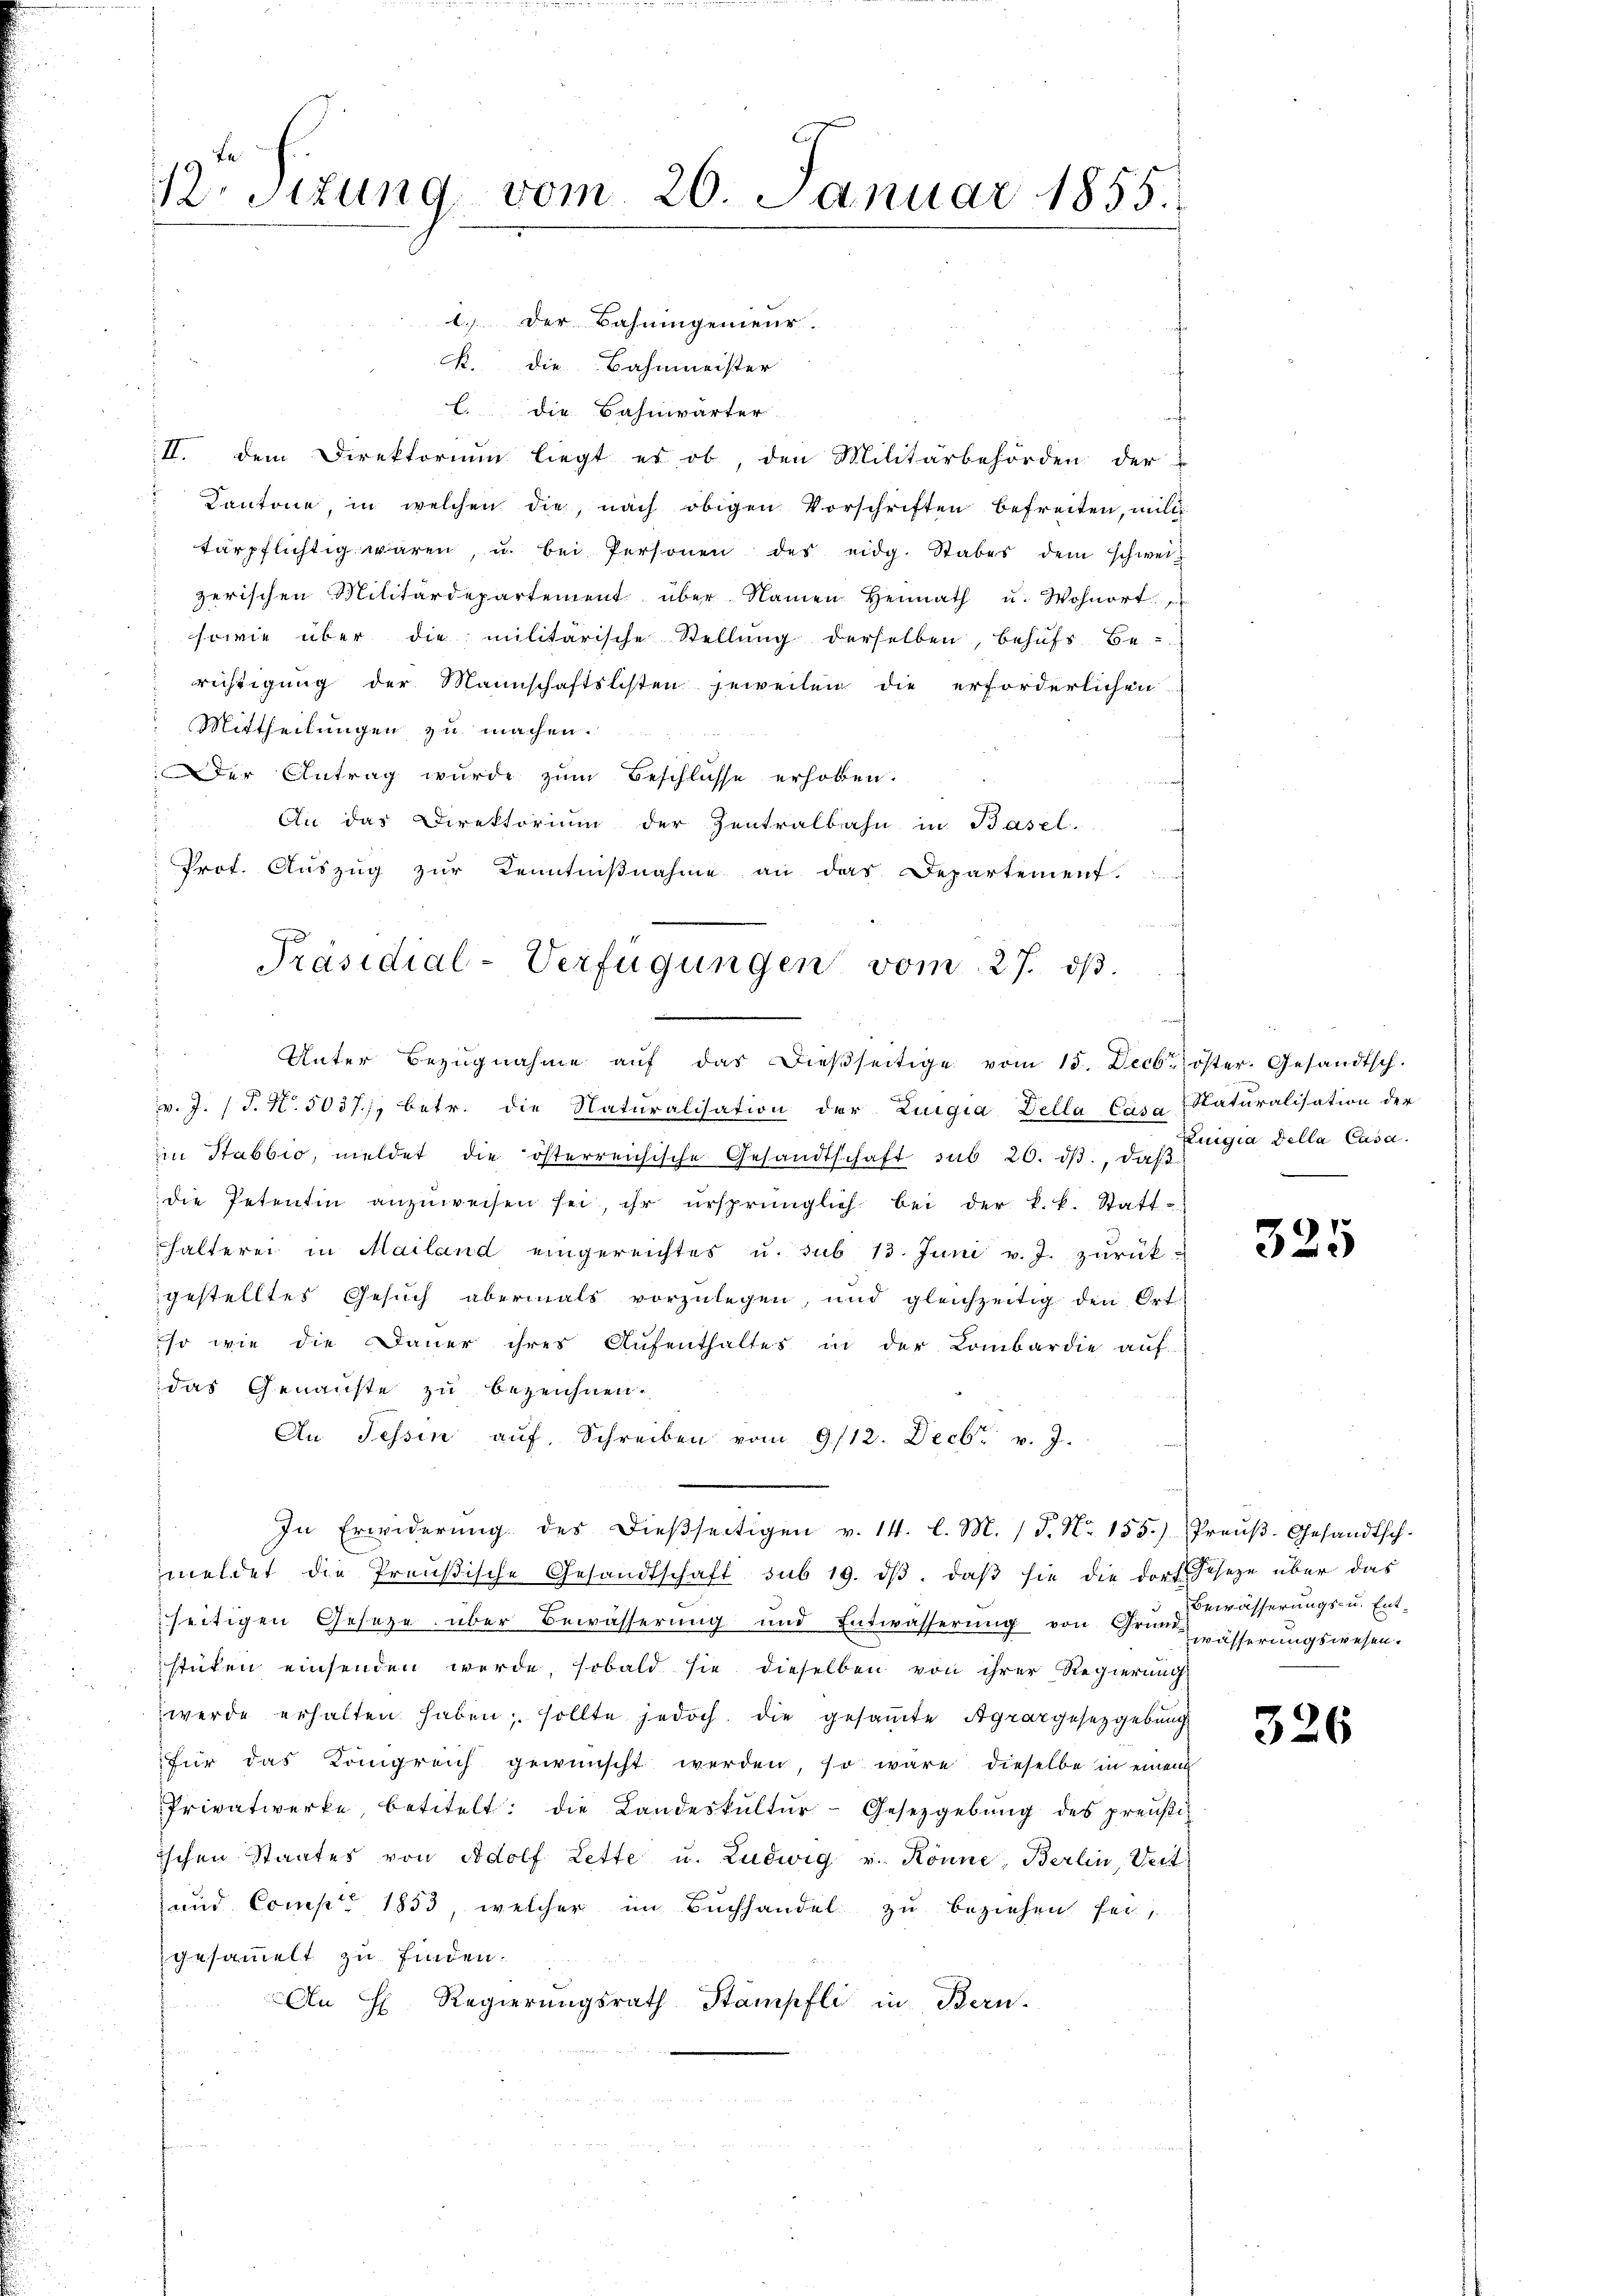
B.Sttung vom 20. Januar 1855.

1. Der Bahningenieur.
K. Die Bahnmeister
l. die Bahnwärter
II. dem Direktorium liegt es ob, den Militärbehörden der
Kantone, in welchen die, nach obigen Vorschriften befreiten, milch
tärpflichtig wären, u. bei Personen des eidg. Stabes dem schweiz
zerischen Militärdepartement über Namen Heimath u. Wohnort
sowie über die militärische Stellŭng derselben, behŭfs Be-
richtigung der Mannschaftslisten jeweilen die erforderlichen
Mittheilungen zu machen.
Der Antrag wurde zum Beschlüsse erhoben.
An das Direktorium der Zentralbahn in Basel.
Prof. Auszug zur Kenntnißnahme an das Departement.
Unter Bezŭgnahme aŭf das dießseitige vom 15. Decbr. öster. Gesandtsch.
v. J. J. No. 5037/, betr. die Naturalisation der Luigia Della Casa Naturalisation der
in Stabbio, meldet die österreichische Gesandtschaft sub 20. dβ, daß Luigia della Casa
die Petentin anzŭweisen sei, ihr ursprünglich bei der k.k. Statt-
halterei in Mailand eingereichtes u. sub 13. Juni v. J. zurück u
gestelltes Gesuch abermals vorzulegen, und gleichzeitig den Ort
so wie die Dauer ihres Aŭfenthaltes in der Lombardie aŭf
das Genanste zu bezeichnen.
An Tessin auf. Schreiben vom 9/12. Decbr. v. J.
In Erwiderŭng des dieβseitigen v. 14. l. M. P. Nr. 155.) Preŭβ-Gesandtsch.
meldet die Preußische Gesandtschaft sub 19. dβ. daβ sie die dorf Gesetze über das
seitigen Gesetze über Bewässerung und Entwässerung von Grünwässerungswesen.
sticken einsenden werde, sobald sie dieselben von ihrer Regierung
werde erhalten haben, sollte jedoch die gesammte Agrargesetzgebung
für das Königreich gewünscht werden, so wäre dieselbe in einem
Privatwerke, betitelt: die Landeskultur-Gesetzgebung des preußiischen Staates von Adolf Lette u. Ludwig v. Könne, Berlin, Vert
und Comp. 1853, welcher im Buchhandel zu beziehen sei,
gesammelt zu finden.
An H. Regierungsrath Stampfli in Bern.
n

Präsidial-Verfügungen vom 27. dβ.

325

Bewässerungs- u. Ent¬

326